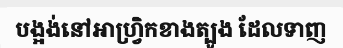
បង្អង់នៅអាហ្វ្រិកខាងត្បូង ដែលទាញ